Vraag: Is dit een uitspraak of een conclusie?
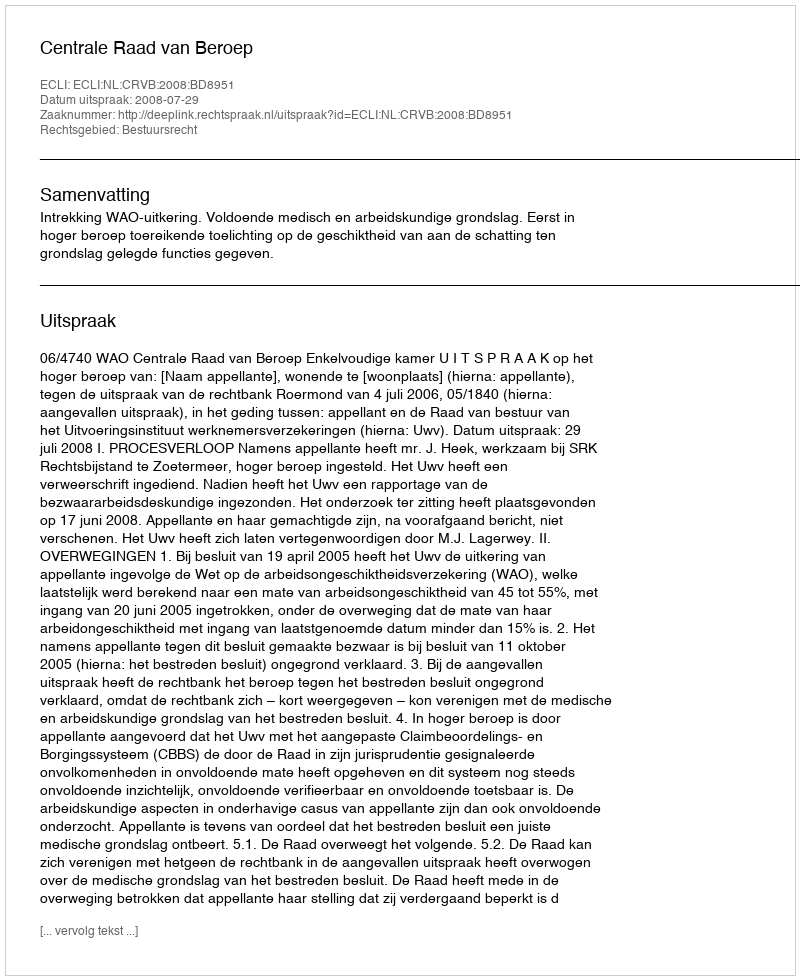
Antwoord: Uitspraak